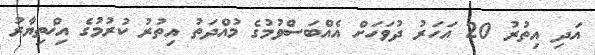
އަދި އިތުރު 20 އަހަރު ދުވަހަށް އެއްބަސްވުމުގެ މުއްދަތު އިތުރު ކުރުމުގެ އިޚްތިޔާރު